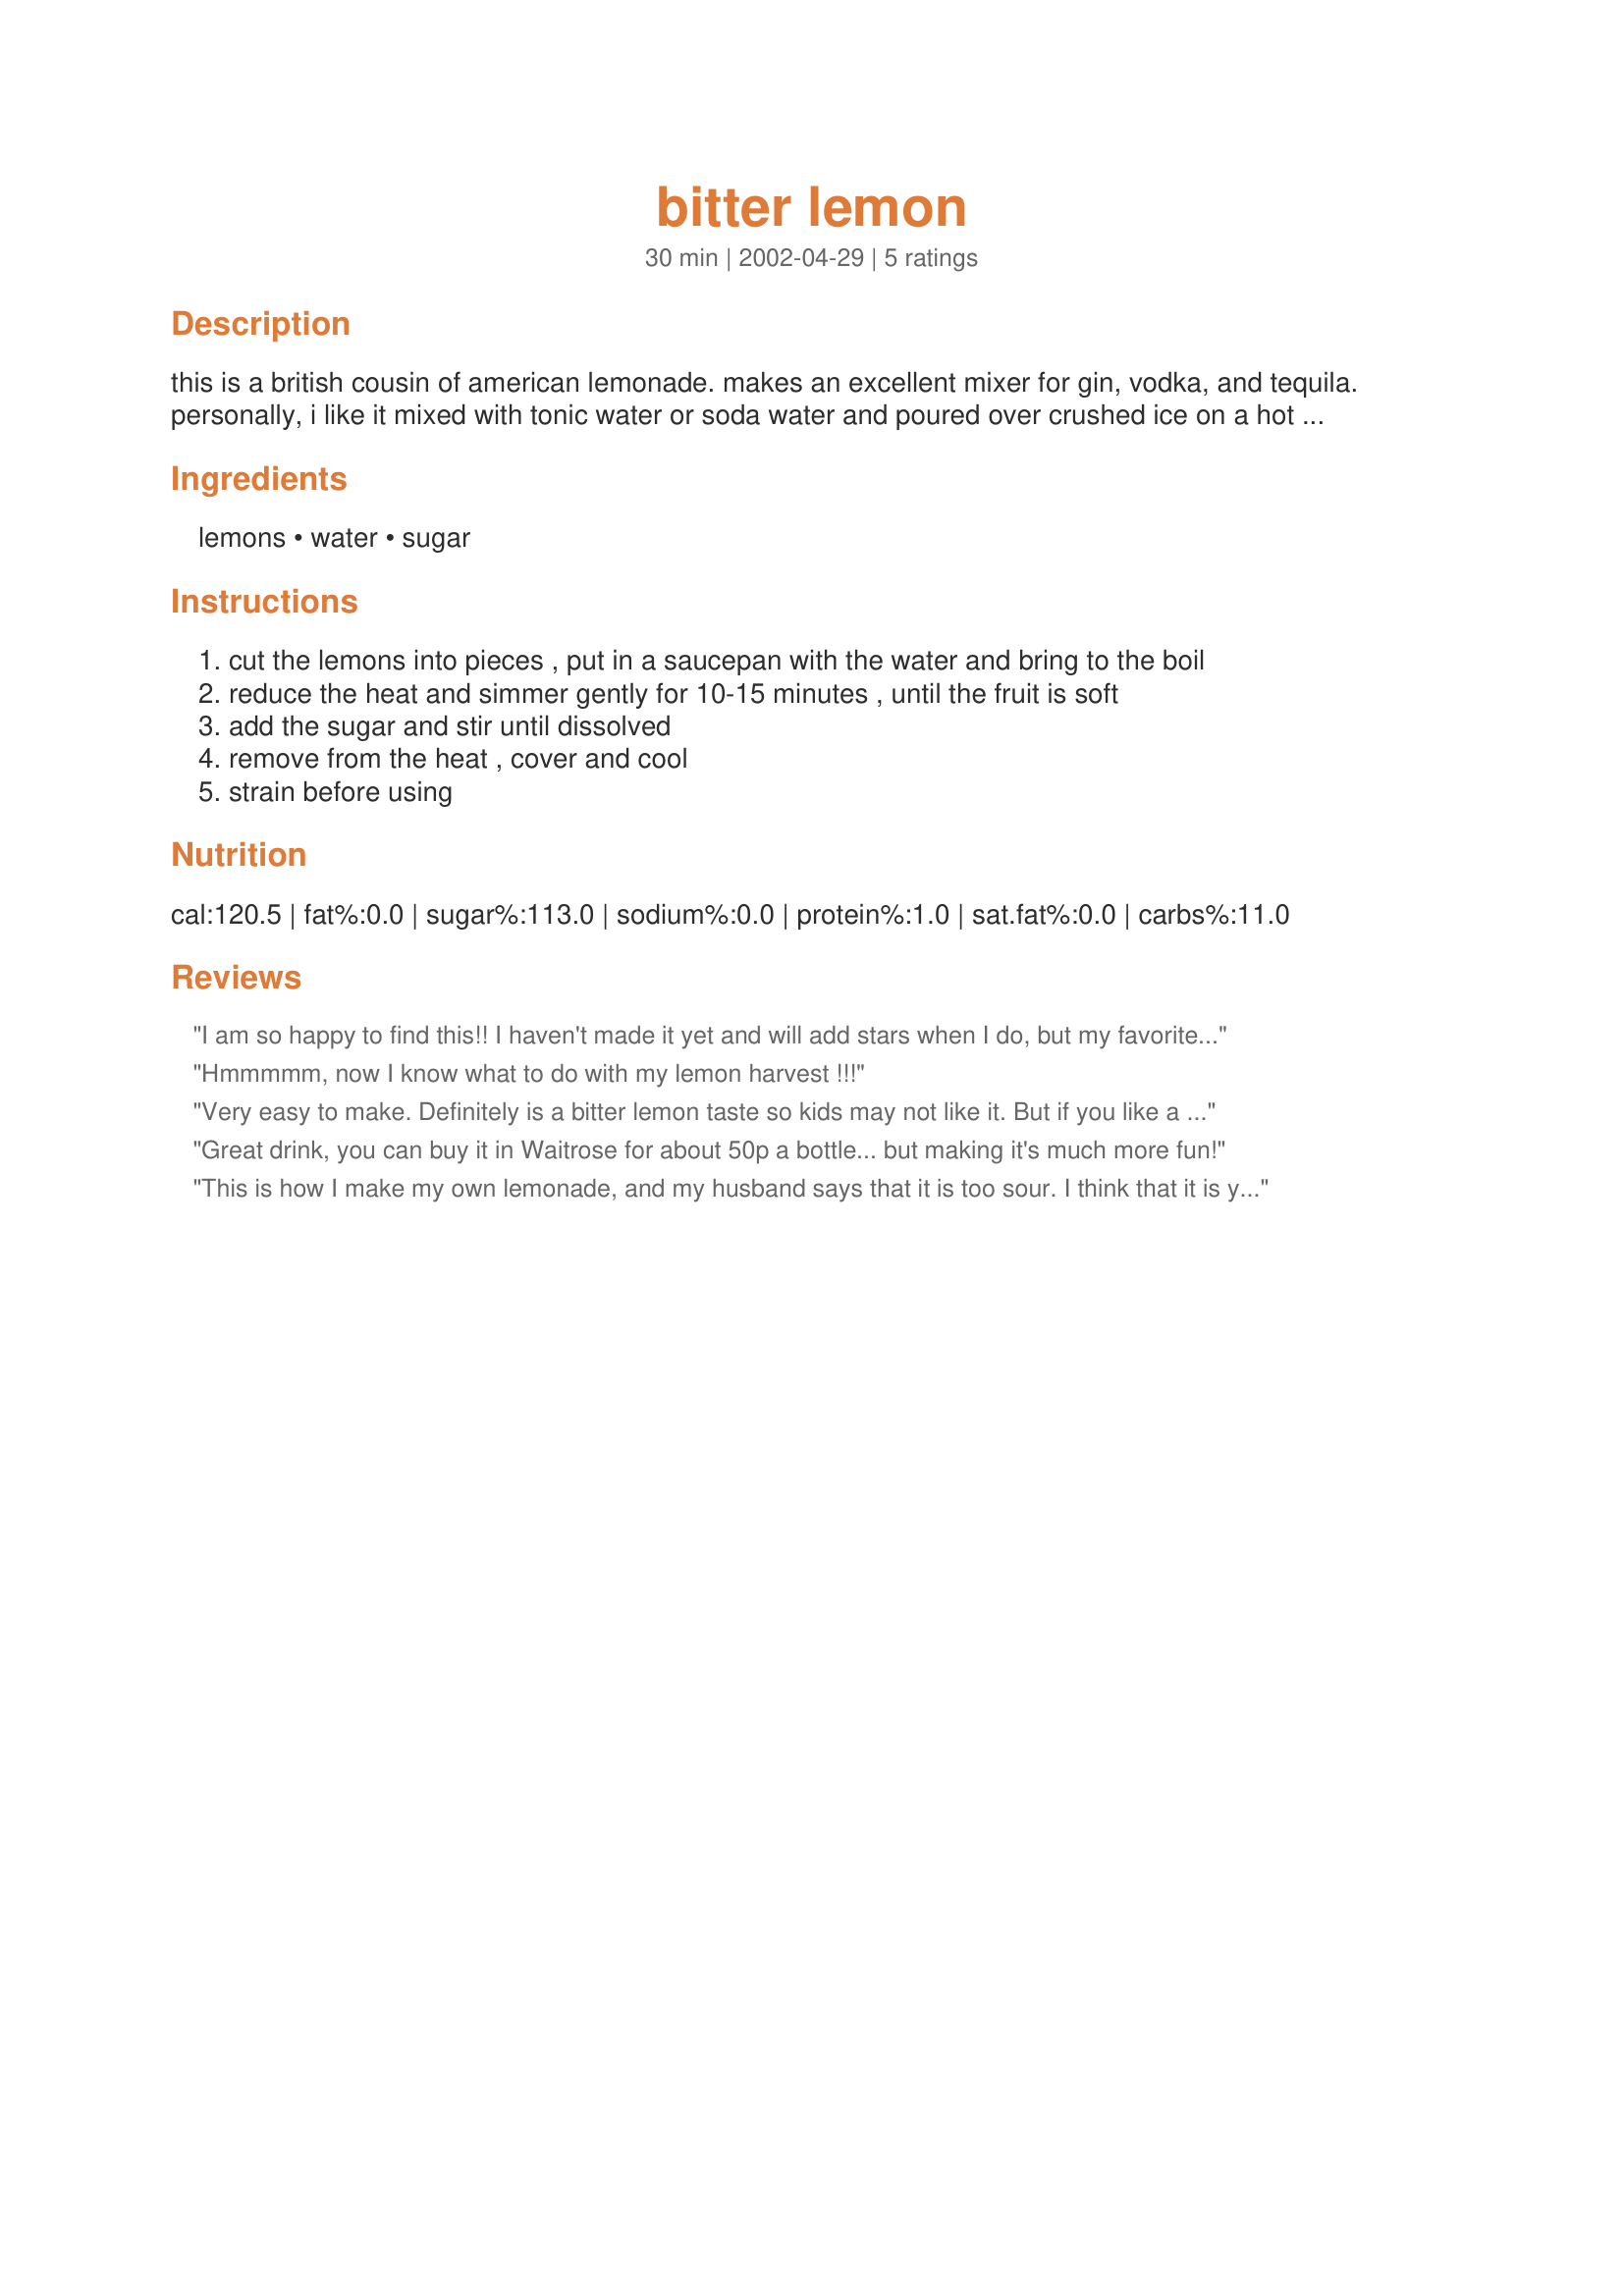
bitter lemon
Preparation time: 30 minutes

this is a british cousin of american lemonade. makes an excellent mixer for gin, vodka, and tequila. personally, i like it mixed with tonic water or soda water and poured over crushed ice on a hot summer day.

Ingredients:
lemons, water, sugar

Steps:
cut the lemons into pieces , put in a saucepan with the water and bring to the boil
reduce the heat and simmer gently for 10-15 minutes , until the fruit is soft
add the sugar and stir until dissolved
remove from the heat , cover and cool
strain before using

Reviews:
I am so happy to find this!! I haven't made it yet and will add stars when I do, but my favorite soda from childhood was Schwepp's Bitter Lemon, which was difficult to find then and impossible now. I should have known that Miller would have had a solution for me, clever guy that he was.
Hmmmmm, now I know what to do with my lemon harvest !!!
Very easy to make. Definitely is a bitter lemon taste so kids may not like it. But if you like a bitter twist this is excellent.
Great drink, you can buy it in Waitrose for about 50p a bottle... but making it's much more fun!
This is how I make my own lemonade, and my husband says that it is too sour. I think that it is yummy, my father used to put the lemon peels in the jug and let it brew in the sun for a day. That makes it very strong.
